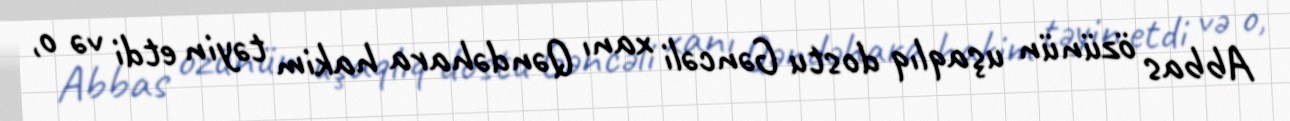
Abbas özünün uşaqlıq dostu Gəncəli xanı Qəndəhara hakim təyin etdi və o,